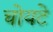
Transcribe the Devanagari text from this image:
चोयटे